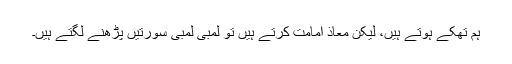
ہم تھکے ہوتے ہیں، لیکن معاذ امامت کرتے ہیں تو لمبی لمبی سورتیں پڑھنے لگتے ہیں۔